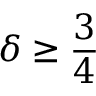
\delta \geq { \frac { 3 } { 4 } }